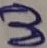
Text: 3